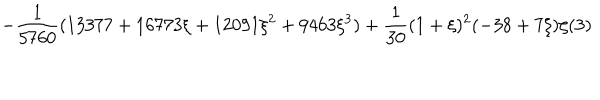
\displaystyle - \frac { 1 } { 5 7 6 0 } ( 1 3 3 7 7 + 1 6 7 7 3 \xi + 1 2 0 9 1 \xi ^ { 2 } + 9 4 6 3 \xi ^ { 3 } ) + \frac { 1 } { 3 0 } ( 1 + \xi ) ^ { 2 } ( - 3 8 + 7 \xi ) \zeta ( 3 )